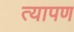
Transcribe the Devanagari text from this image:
त्यापण